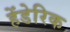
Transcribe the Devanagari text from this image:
हेंडेरिक